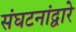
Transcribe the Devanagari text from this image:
संघटनांद्वारे